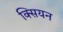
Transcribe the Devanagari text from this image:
क्सियन